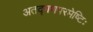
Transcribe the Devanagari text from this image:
अतद्गणपरमेष्टिः